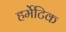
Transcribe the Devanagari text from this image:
हर्मेटिक